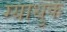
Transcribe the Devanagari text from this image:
ग्याथुक